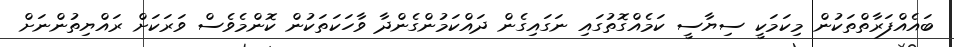
ބައެއްފަރާތްތަކުން މިކަމަކީ ސިޔާސީ ކަމެއްގޮތުގައި ނަގައިގެން ދައްކަމުންގެންދާ ވާހަކަތަކުން ކޮންމެވެސް ވަރަކަށް ރައްޔިތުންނަށް